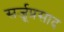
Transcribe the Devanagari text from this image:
सर्जूप्रसाद